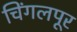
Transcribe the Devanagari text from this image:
चिंगलपूर